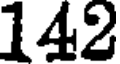
142